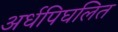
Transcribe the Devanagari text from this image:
अर्धपिघलित